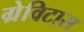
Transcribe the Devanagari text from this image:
ग्रेविटास